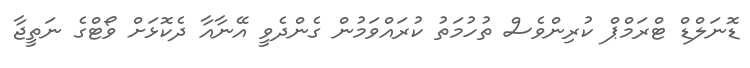
ޑޮނަލްޑް ޓްރަމްޕް ކުރިންވެސް ތުހުމަތު ކުރައްވަމުން ގެންދެވީ އޭނާއާ ދެކޮޅަށް ވޯޓްގެ ނަތީޖާ